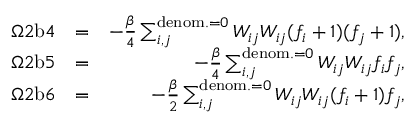
\begin{array} { r l r } { \Omega 2 \mathrm { b } 4 } & { = } & { - \frac { \beta } { 4 } \sum _ { i , j } ^ { \mathrm { d e n o m . } = 0 } { W _ { i j } W _ { i j } } ( f _ { i } + 1 ) ( f _ { j } + 1 ) , } \\ { \Omega 2 \mathrm { b } 5 } & { = } & { - \frac { \beta } { 4 } \sum _ { i , j } ^ { \mathrm { d e n o m . } = 0 } { W _ { i j } W _ { i j } } f _ { i } f _ { j } , } \\ { \Omega 2 \mathrm { b } 6 } & { = } & { - \frac { \beta } { 2 } \sum _ { i , j } ^ { \mathrm { d e n o m . } = 0 } { W _ { i j } W _ { i j } } ( f _ { i } + 1 ) f _ { j } , } \end{array}